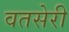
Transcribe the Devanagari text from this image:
वतसेरी